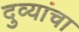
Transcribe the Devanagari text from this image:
दुव्यांचा